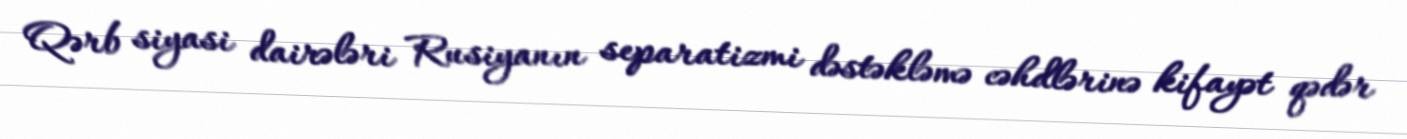
Qərb siyasi dairələri Rusiyanın separatizmi dəstəkləmə cəhdlərinə kifayət qədər